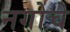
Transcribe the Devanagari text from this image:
नगोचे